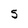
Character: S